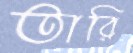
তারি